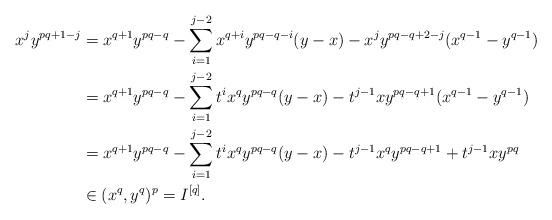
LaTeX: \begin{align*}x^j y^{pq+1-j} &= x^{q+1} y^{pq-q} - \sum_{i=1}^{j-2} x^{q+i} y^{pq-q-i}(y-x) - x^j y^{pq-q+2-j}(x^{q-1}-y^{q-1}) \\&= x^{q+1} y^{pq-q} - \sum_{i=1}^{j-2} t^i x^{q} y^{pq-q}(y-x) - t^{j-1}x y^{pq-q+1}(x^{q-1}-y^{q-1}) \\&= x^{q+1} y^{pq-q} - \sum_{i=1}^{j-2} t^i x^{q} y^{pq-q}(y-x) - t^{j-1}x^q y^{pq-q+1} + t^{j-1}x y^{pq} \\& \in (x^q, y^q)^p = I^{[q]}.\end{align*}